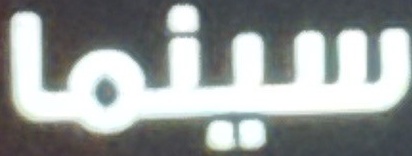
سينما